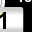
Digit: 1